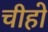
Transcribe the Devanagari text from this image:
चीहो